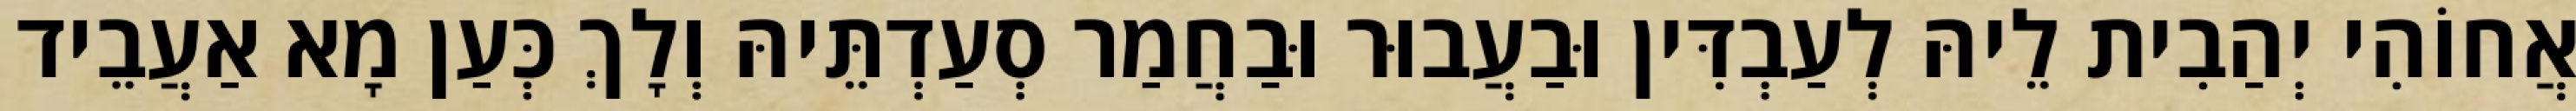
אֲחוֹהִי יְהַבִית לֵיהּ לְעַבְדִּין וּבַעֲבוּר וּבַחֲמַר סְעַדְתֵּיהּ וְלָךְ כְּעַן מָא אַעֲבֵיד